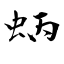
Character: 蛃